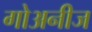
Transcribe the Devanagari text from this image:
गोअनीज